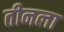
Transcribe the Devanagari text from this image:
तीनला